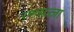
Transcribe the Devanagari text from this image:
रणसज्जा